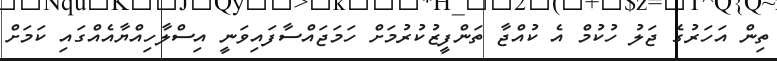
ތިން އަހަރުގެ ޖަލު ހުކުމް އެ ކުއްޖާ ތަންފީޒުކުރުމަށް ހަމަޖައްސާފައިވަނީ އިސްލާހިއްޔާއެއްގައި ކަމަށް